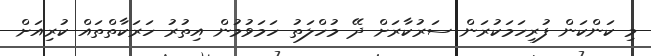
މި ކަންކަން ފުރިހަމަކުރަން ސަރުކާރަށް ދޭ މުހްލަތު ހަމަވުމުން އިތުރު ހަރަކާތްތައް ކުރިއަށް